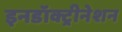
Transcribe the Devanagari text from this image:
इनडॉक्ट्रीनेशन